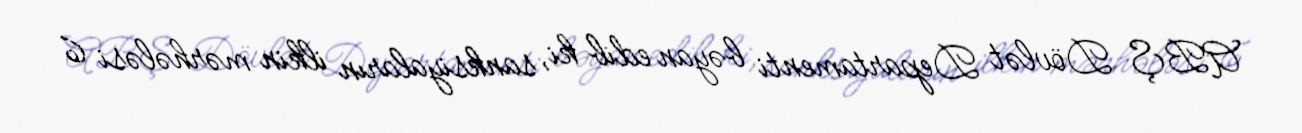
ABŞ Dövlət Departamenti bəyan edib ki, sanksiyaların ilkin mərhələsi 6